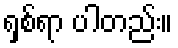
ရှစ်ရာ ပါတည်း။